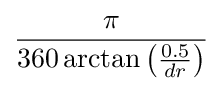
{\frac {\pi }{360\arctan \left({\frac {0.5}{dr}}\right)}}